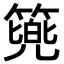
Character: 𮅷